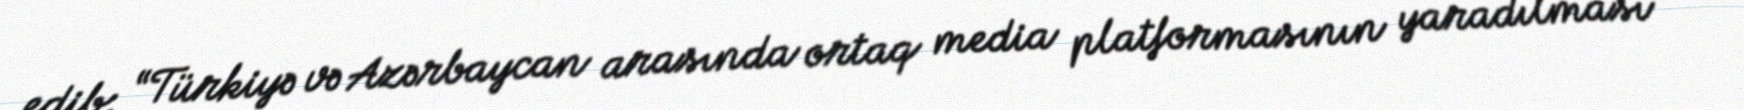
edib: “Türkiyə və Azərbaycan arasında ortaq media platformasının yaradılması